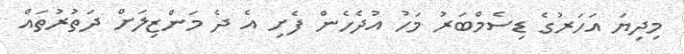
މިދިޔަ އަހަރުގެ ޑިސެމްބަރު މަހު އުދެހެން ފެށި އެ ދެ މަންޒިލަށް ދަތުރުތައް